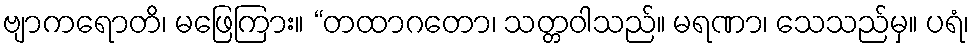
ဗျာကရောတိ၊ မဖြေကြား။ “တထာဂတော၊ သတ္တဝါသည်။ မရဏာ၊ သေသည်မှ။ ပရံ၊